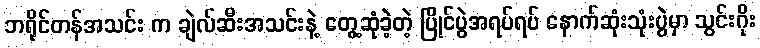
ဘရိုင်တန်အသင်း က ချဲလ်ဆီးအသင်းနဲ့ တွေ့ဆုံခဲ့တဲ့ ပြိုင်ပွဲအရပ်ရပ် နောက်ဆုံးသုံးပွဲမှာ သွင်းဂိုး